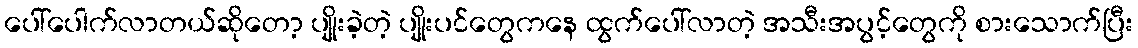
ပေါ်ပေါက်လာတယ်ဆိုတော့ ပျိုးခဲ့တဲ့ ပျိုးပင်တွေကနေ ထွက်ပေါ်လာတဲ့ အသီးအပွင့်တွေကို စားသောက်ပြီး